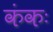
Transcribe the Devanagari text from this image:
कंकः